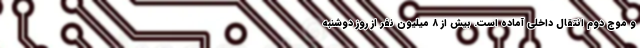
و موج دوم انتقال داخلی آماده است. بیش از ۸ میلیون نفر از روز دوشنبه